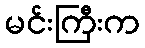
မင်းကြီးက